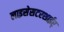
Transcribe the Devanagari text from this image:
लाइसेसटरशाईर्